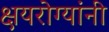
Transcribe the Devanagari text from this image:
क्षयरोग्यांनी